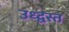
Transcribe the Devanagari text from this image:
उध्द्वस्त